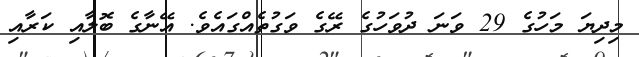
މިދިޔަ މަހުގެ 29 ވަނަ ދުވަހުގެ ރޭގެ ވަގުތެއްގައެވެ. އޭނާގެ ބޮލާއި ކަރާއި